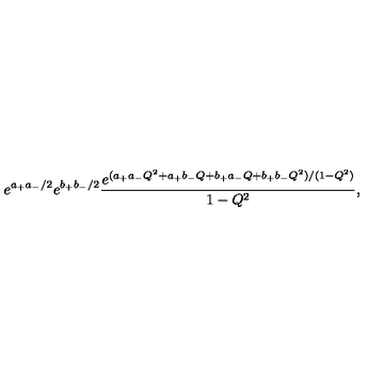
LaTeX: e ^ { a _ { + } a _ { - } / 2 } e ^ { b _ { + } b _ { - } / 2 } \frac { e ^ { ( a _ { + } a _ { - } Q ^ { 2 } + a _ { + } b _ { - } Q + b _ { + } a _ { - } Q + b _ { + } b _ { - } Q ^ { 2 } ) / ( 1 - Q ^ { 2 } ) } } { 1 - Q ^ { 2 } } ,